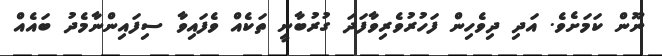
ނޫން ކަމަށެވެ. އަދި ދިވެހިން ފަހުރުވެރިވާފަދަ ގުރުބާނީ ތަކެއް ވެފައިވާ ސިފައިންނާމެދު ބައެއް